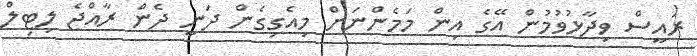
ރައީސް ވިދާޅުވުމުން އޭގެ އިން މަމެންނަށް މިއެގިގެން ދަނީ ދެން ރާއްޖެ ލިޓިލް